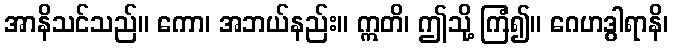
အာနိသင်သည်။ ကော၊ အဘယ်နည်း။ ဣတိ၊ ဤသို့ ကြံ၍။ ဂေဟဒွါရာနိ၊